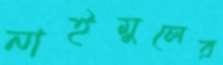
নাইমুলের